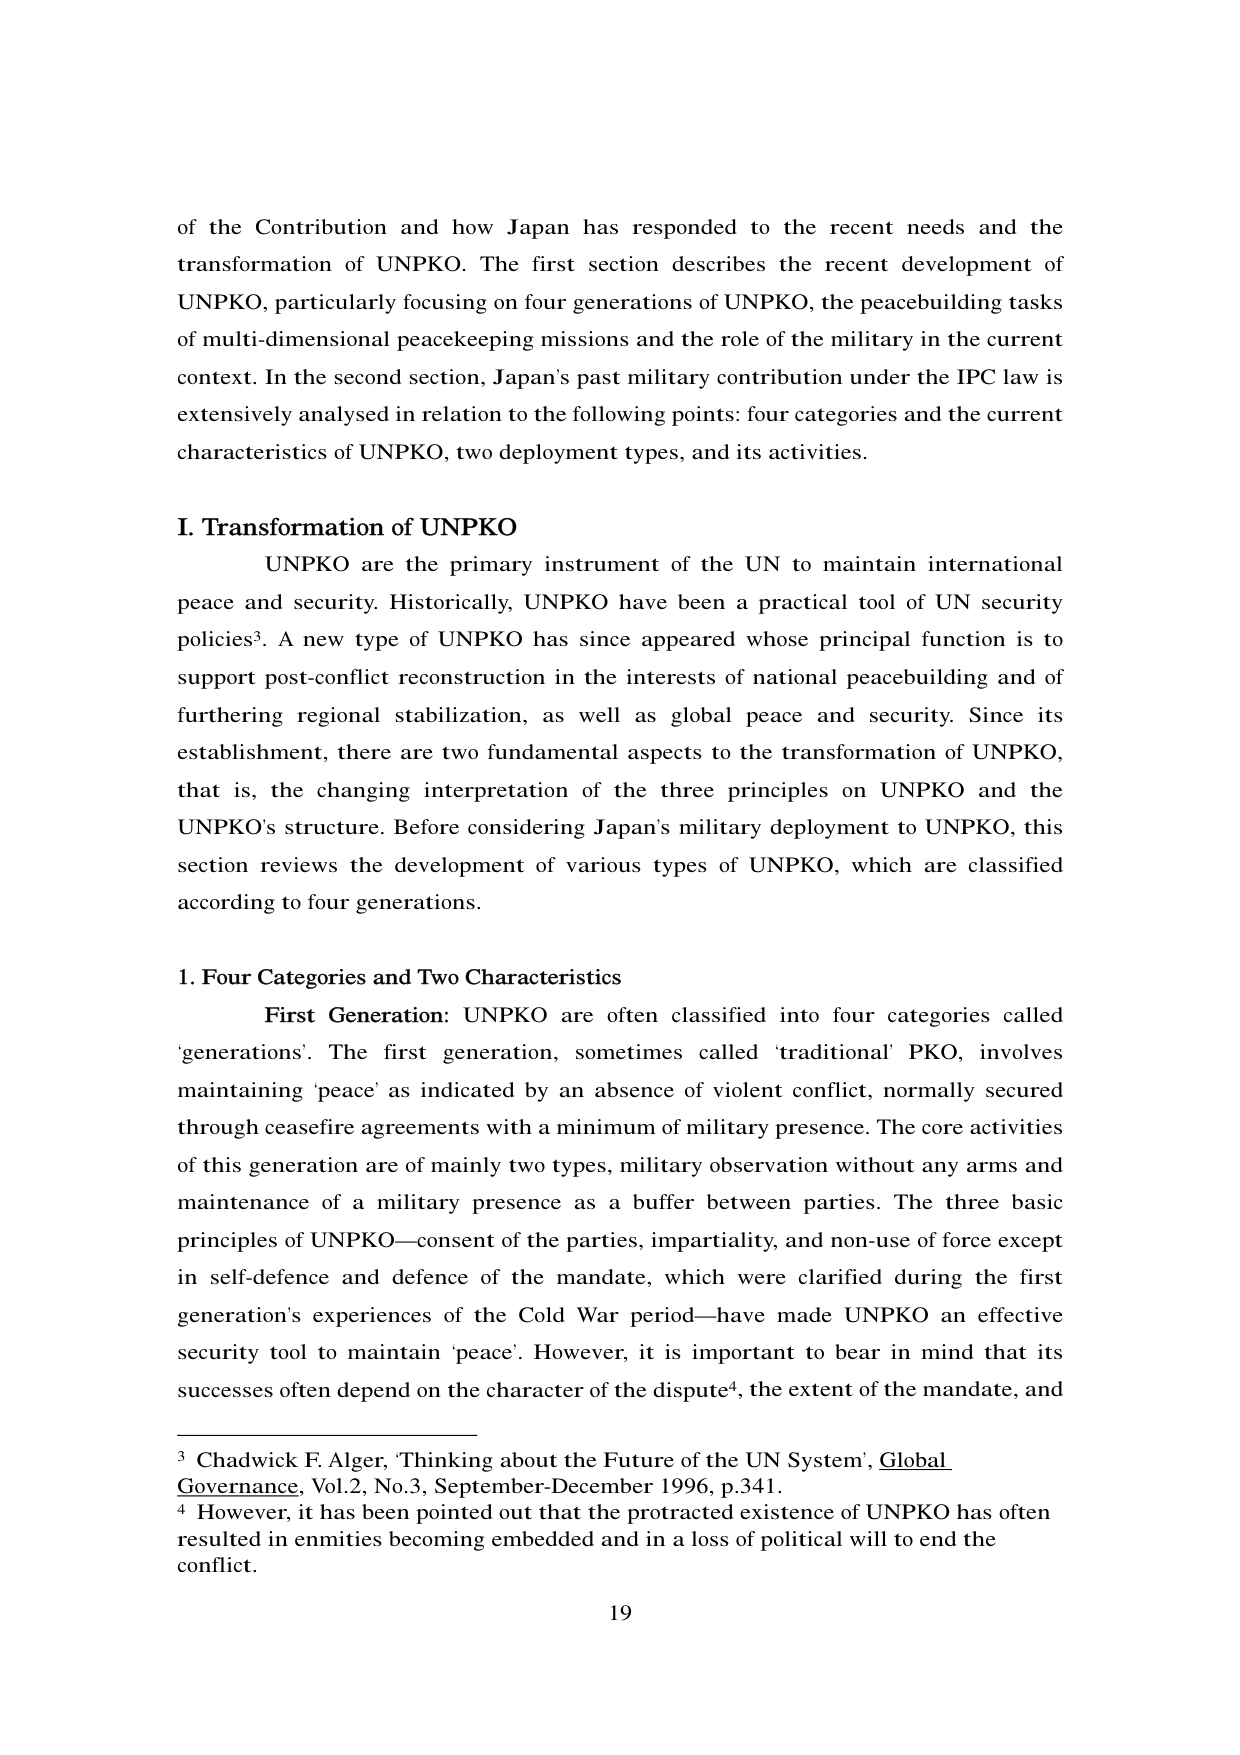
of the Contribution and how Japan has responded to the recent needs and the transformation of UNPKO. The first section describes the recent development of UNPKO, particularly focusing on four generations of UNPKO, the peacebuilding tasks of multi-dimensional peacekeeping missions and the role of the military in the current context. In the second section, Japan's past military contribution under the IPC law is extensively analysed in relation to the following points: four categories and the current characteristics of UNPKO, two deployment types, and its activities.

I. Transformation of UNPKO
UNPKO are the primary instrument of the UN to maintain international peace and security. Historically, UNPKO have been a practical tool of UN security policies³. A new type of UNPKO has since appeared whose principal function is to support post-conflict reconstruction in the interests of national peacebuilding and of furthering regional stabilization, as well as global peace and security. Since its establishment, there are two fundamental aspects to the transformation of UNPKO, that is, the changing interpretation of the three principles on UNPKO and the UNPKO's structure. Before considering Japan's military deployment to UNPKO, this section reviews the development of various types of UNPKO, which are classified according to four generations.

1. Four Categories and Two Characteristics
First Generation: UNPKO are often classified into four categories called 'generations'. The first generation, sometimes called 'traditional' PKO, involves maintaining 'peace' as indicated by an absence of violent conflict, normally secured through ceasefire agreements with a minimum of military presence. The core activities of this generation are of mainly two types, military observation without any arms and maintenance of a military presence as a buffer between parties. The three basic principles of UNPKO—consent of the parties, impartiality, and non-use of force except in self-defence and defence of the mandate, which were clarified during the first generation's experiences of the Cold War period—have made UNPKO an effective security tool to maintain 'peace'. However, it is important to bear in mind that its successes often depend on the character of the dispute⁴, the extent of the mandate, and

³ Chadwick F. Alger, 'Thinking about the Future of the UN System', Global Governance, Vol.2, No.3, September-December 1996, p.341.
⁴ However, it has been pointed out that the protracted existence of UNPKO has often resulted in enmities becoming embedded and in a loss of political will to end the conflict.

19